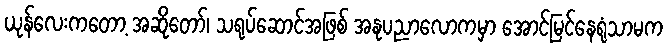
ယုန်လေးကတော့ အဆိုတော်၊ သရုပ်ဆောင်အဖြစ် အနုပညာလောကမှာ အောင်မြင်နေရုံသာမက